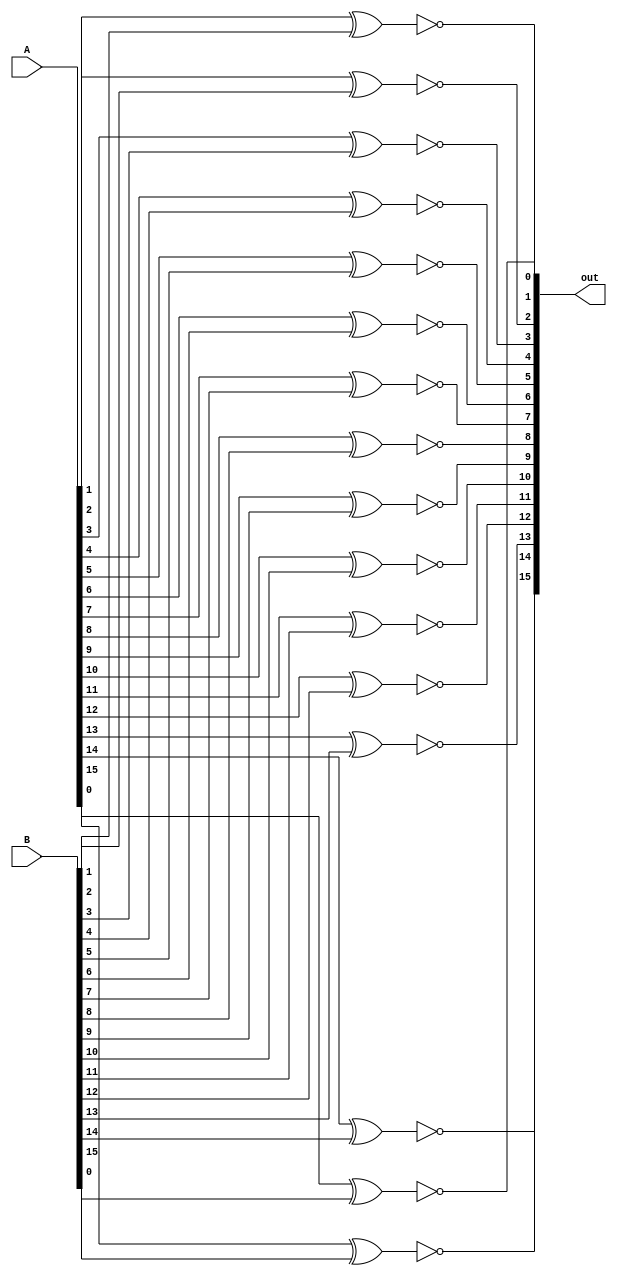
// Yashal Saleem - CS 4341
// XNOR Gate 
module xnor16bit(out, A, B);
	input [15:0] A;
	input [15:0] B;
	output [15:0] out;
	
	// Takes the xnor of A and B
	xnor xnor1(out[0], A[0], B[0]),
		xnor2(out[1], A[1], B[1]),
		xnor3(out[2], A[2], B[2]),
		xnor4(out[3], A[3], B[3]),
		xnor5(out[4], A[4], B[4]),
		xnor6(out[5], A[5], B[5]),
		xnor7(out[6], A[6], B[6]),
		xnor8(out[7], A[7], B[7]),
		xnor9(out[8], A[8], B[8]),
		xnor10(out[9], A[9], B[9]),
		xnor11(out[10], A[10], B[10]),
		xnor12(out[11], A[11], B[11]),
		xnor13(out[12], A[12], B[12]),
		xnor14(out[13], A[13], B[13]),
		xnor15(out[14], A[14], B[14]),
		xnor16(out[15], A[15], B[15]);
endmodule

// test module
module testbench();
	reg[15:0] inputXNOR;
	reg[15:0] inputXNOR2;
	wire[15:0] outputXNOR;
	
	// xnor of the two hex values
	xnor16bit instan(outputXNOR, inputXNOR, inputXNOR2);
	
	// start display
	initial
		begin
			inputXNOR = 16'b0000000011111100;
			inputXNOR2 = 16'b1111111101010100;
			#10;
			$display("Testing of XNOR--------");
			$display("Input 1 is %b", inputXNOR);
			$display("Input 2 is %b", inputXNOR2);
			$display("Output is  %b", outputXNOR);
			$finish;
		end
endmodule